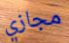
مجازي